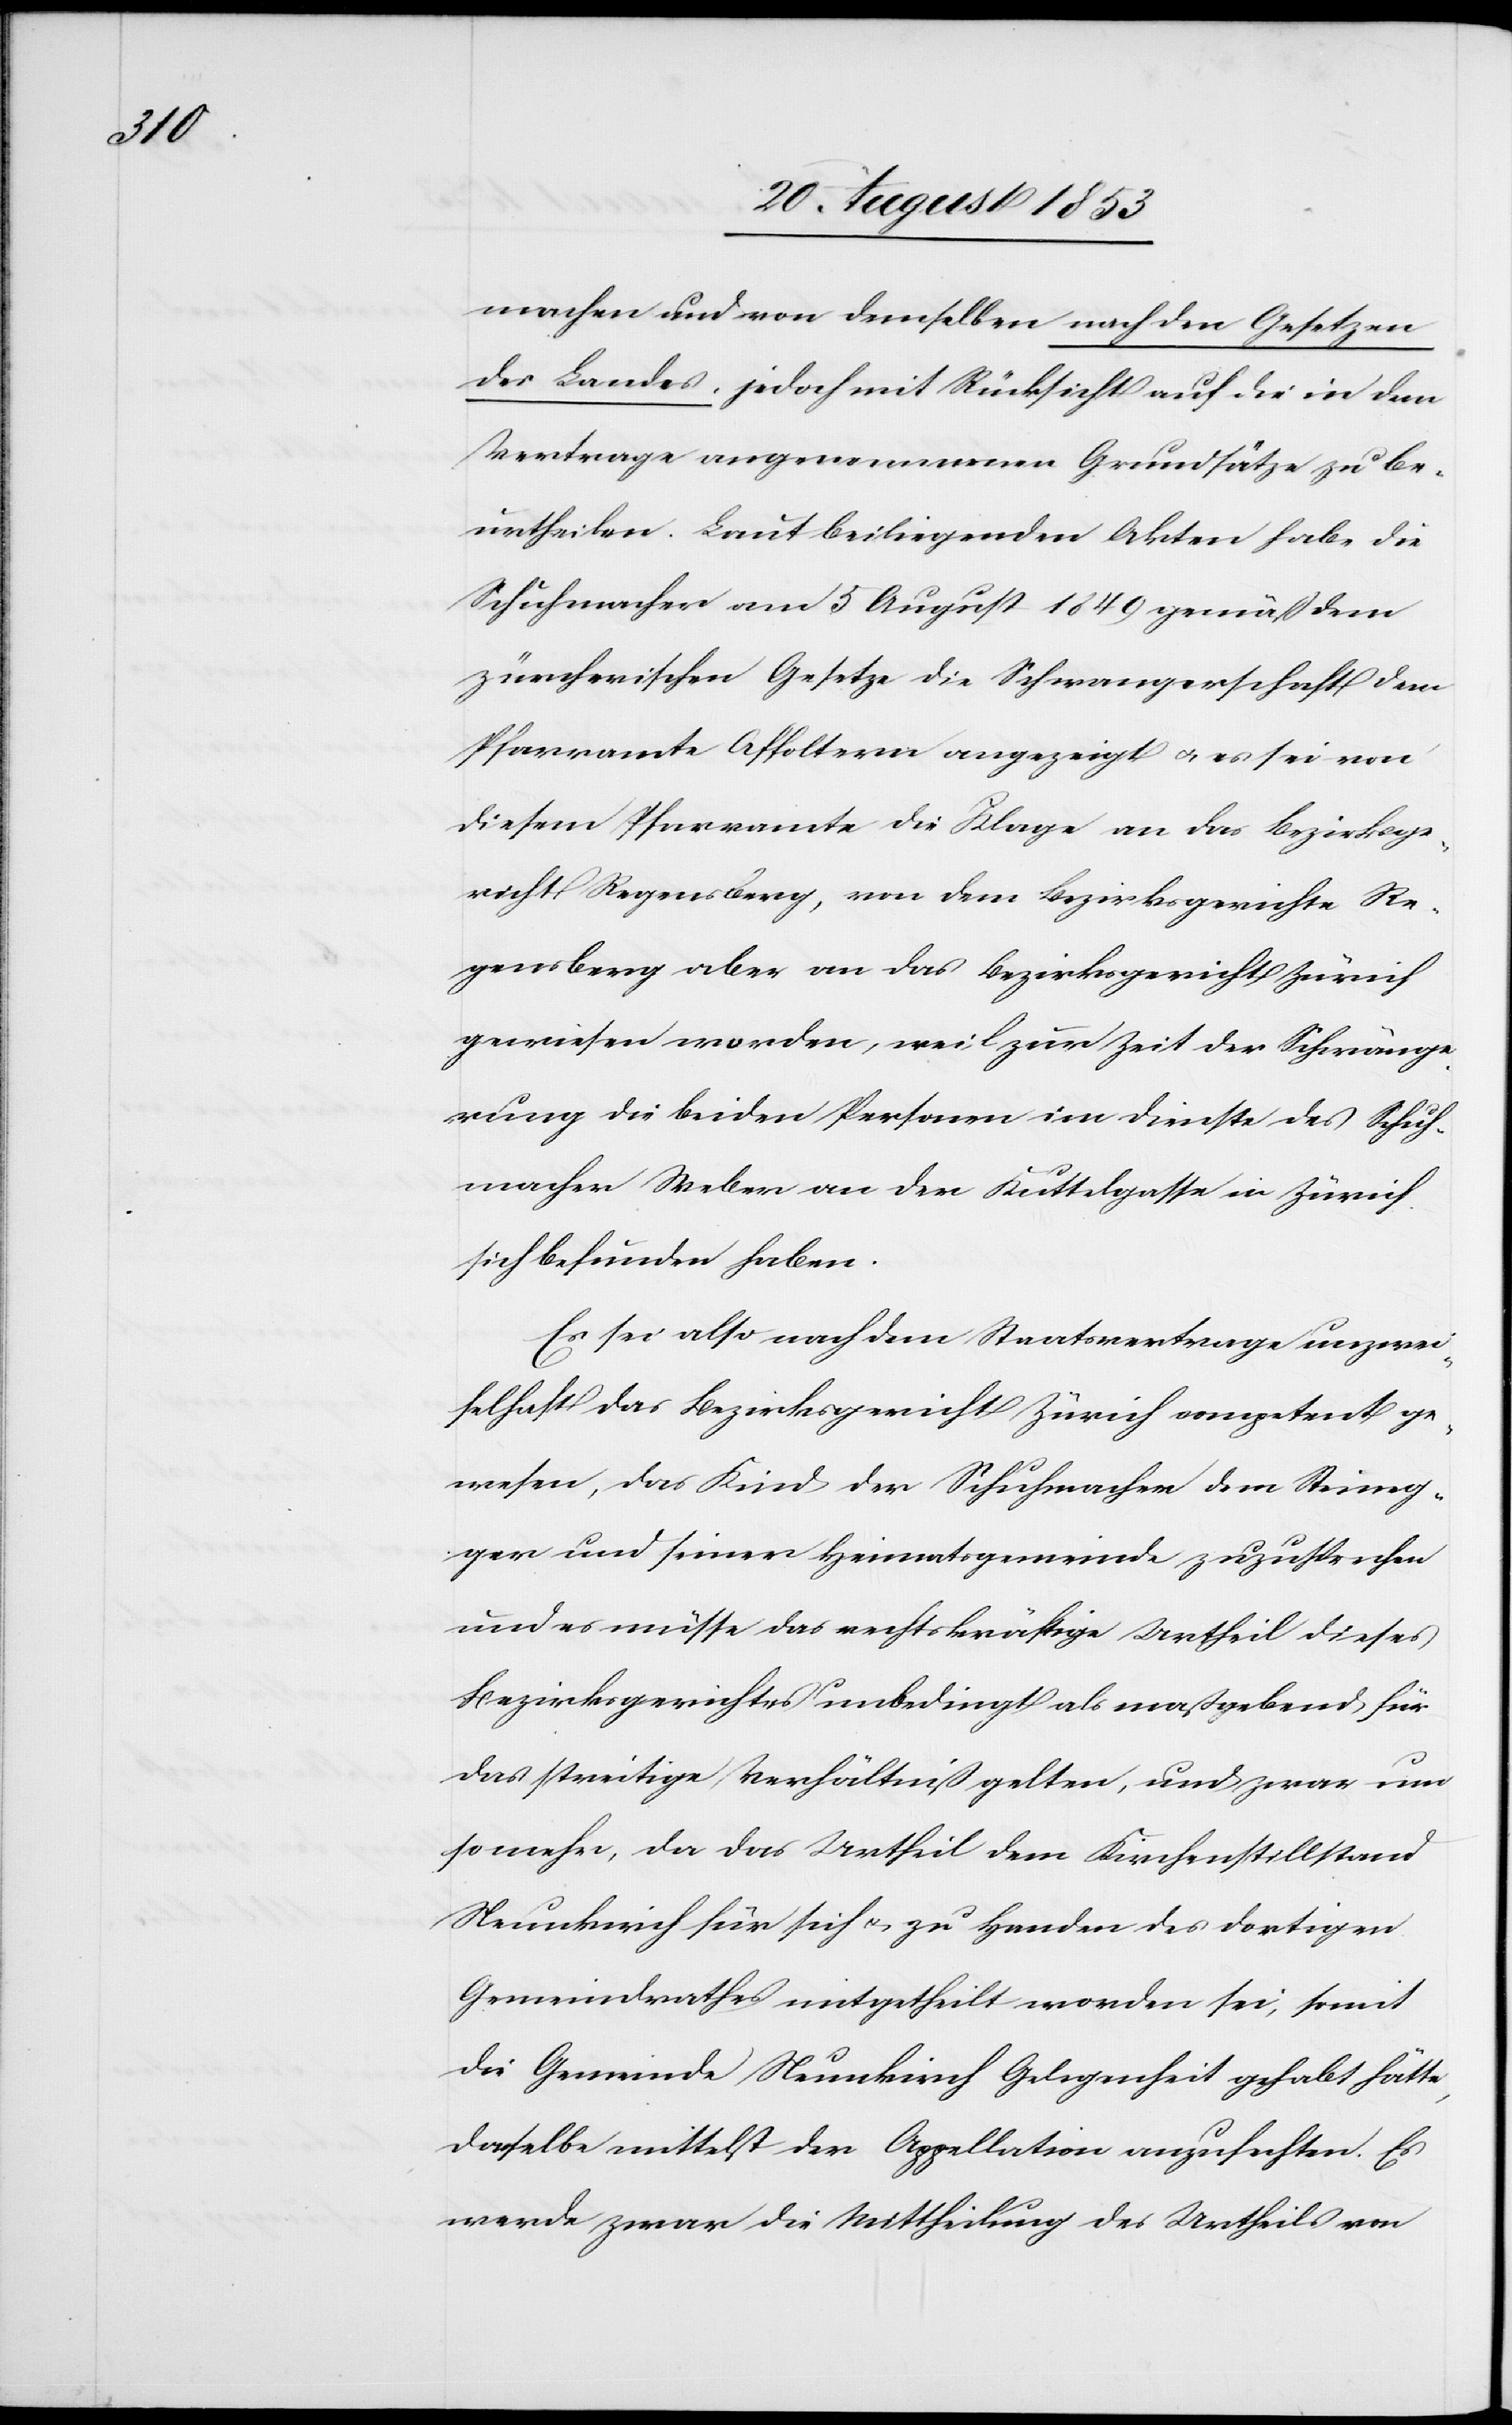
machen und von demselben nach den Gesetzen
des Landes, jedoch mit Rücksicht auf die in dem
Vertrage angenommenen Grundsätze zu be¬
urtheilen. Laut beiliegenden Akten habe die
Schuhmacher am 5 August 1849 gemäß dem
zürcherischen Gesetze die Schwangerschaft dem
Pfarramte Affoltern angezeigt u. es sei von
diesem Pfarramte die Klage an das Bezirksge¬
richt Regensberg, von dem Bezirksgerichte Re¬
gensberg aber an das Bezirksgerichte Zürich
gewiesen worden, weil zur Zeit der Schwänge¬
rung die beiden Personen im Dienste des Schuh¬
macher Weber an der Kuttelgasse in Zürich
sich befunden haben.
Es sei also nach dem Staatsvertrage unzwei¬
felhaft das Bezirksgericht Zürich competent ge¬
wesen, das Kind der Schuhmacher dem Steineg¬
ger und seiner Heimatgemeinde zuzusprechen
und es müsse das rechtskräftige Urtheil dieses
Bezirksgerichtes unbedingt als maßgebend für
das streitige Verhältniß gelten, und zwar um
so mehr, da das Urtheil dem Kirchenstillstand
Neunkirch für sich u. zu Handen des dortigen
Gemeindrathes mitgetheilt worden sei, somit
die Gemeinde Neunkirch Gelegenheit gehabt hätte
dasselbe mittelst der Appellation anzuhalten. Es
werde zwar die Mittheilung des Urtheils von